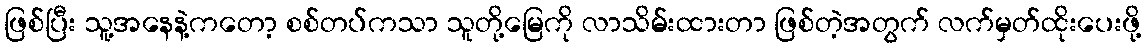
ဖြစ်ပြီး သူ့အနေနဲ့ကတော့ စစ်တပ်ကသာ သူတို့မြေကို လာသိမ်းထားတာ ဖြစ်တဲ့အတွက် လက်မှတ်ထိုးပေးဖို့